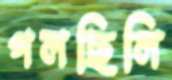
গলছিলি